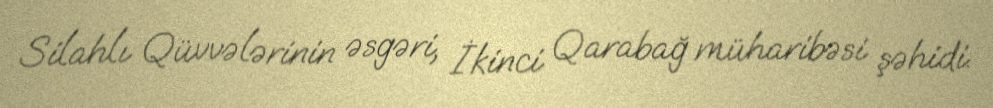
Silahlı Qüvvələrinin əsgəri, İkinci Qarabağ müharibəsi şəhidi.